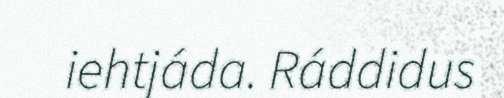
iehtjáda. Ráddidus